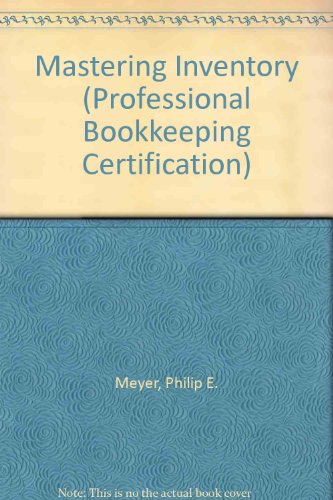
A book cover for Mastering Inventory (Professional Bookkeeping Certification); Philip E. Meyer; Business & Money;